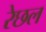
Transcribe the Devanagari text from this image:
रेछल